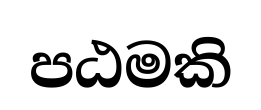
පඨමකි